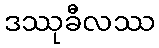
ဒဿုခီလဿ